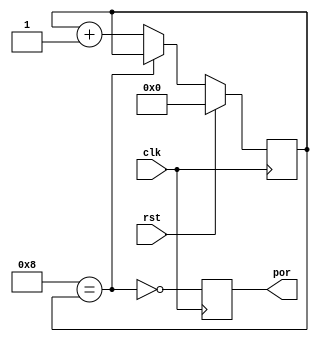
 
 
// liwei 715713994@qq.com  

module por_rst #( parameter CNTR = 8 )(input clk,rst , output reg por  );
reg [31:0]  c ;
wire c_of = CNTR ==c; 
always @(posedge clk) if (rst) c<=0; else if (c_of==0)c<=c+1;
always @(posedge clk)  por  <= ~c_of ;
endmodule